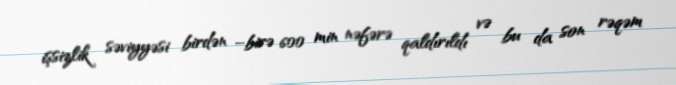
işsizlik səviyyəsi birdən –birə 600 min nəfərə qaldırıldı və bu da son rəqəm